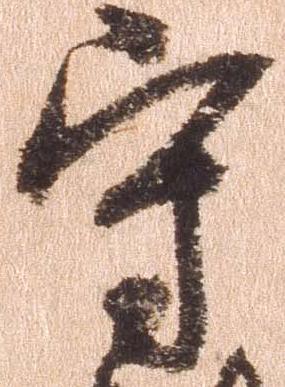
守